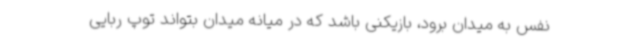
نفس به میدان برود، بازیکنی باشد که در میانه میدان بتواند توپ ربایی